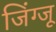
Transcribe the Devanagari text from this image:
जिंग्जू